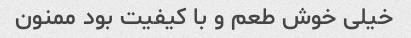
خیلی خوش طعم و با کیفیت بود ممنون